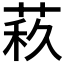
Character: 𦲦